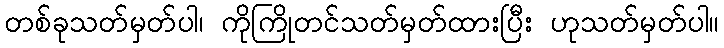
တစ်ခုသတ်မှတ်ပါ၊ ကိုကြိုတင်သတ်မှတ်ထားပြီး ဟုသတ်မှတ်ပါ။